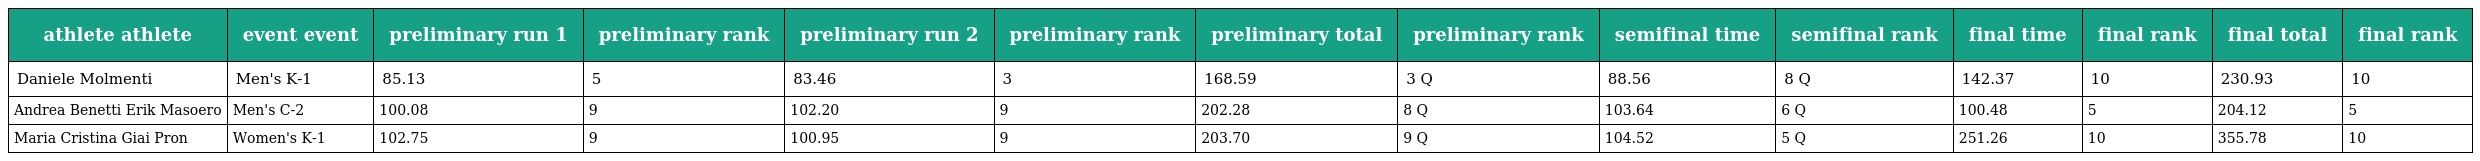
| athlete athlete | event event | preliminary run 1 | preliminary rank | preliminary run 2 | preliminary rank | preliminary total | preliminary rank | semifinal time | semifinal rank | final time | final rank | final total | final rank |
 | --- | --- | --- | --- | --- | --- | --- | --- | --- | --- | --- | --- | --- | --- |
 | Daniele Molmenti | Men's K-1 | 85.13 | 5 | 83.46 | 3 | 168.59 | 3 Q | 88.56 | 8 Q | 142.37 | 10 | 230.93 | 10 |
 | Andrea Benetti Erik Masoero | Men's C-2 | 100.08 | 9 | 102.20 | 9 | 202.28 | 8 Q | 103.64 | 6 Q | 100.48 | 5 | 204.12 | 5 |
 | Maria Cristina Giai Pron | Women's K-1 | 102.75 | 9 | 100.95 | 9 | 203.70 | 9 Q | 104.52 | 5 Q | 251.26 | 10 | 355.78 | 10 |